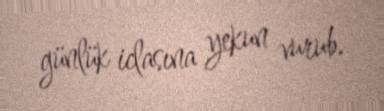
günlük iclasına yekun vurub.